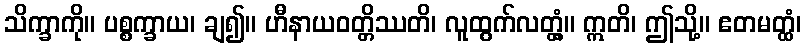
သိက္ခာကို။ ပစ္စက္ခာယ၊ ချ၍။ ဟီနာယဝတ္တိဿတိ၊ လူထွက်လတ္တံ့။ ဣတိ၊ ဤသို့။ ဧတမတ္ထံ၊